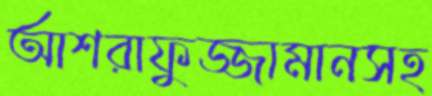
আশরাফুজ্জামানসহ